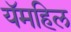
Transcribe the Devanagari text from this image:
यॅमहिल